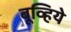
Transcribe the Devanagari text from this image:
बूव्हिये